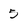
Character: 5